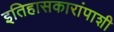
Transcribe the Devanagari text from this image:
इतिहासकारांपाशी